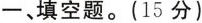
一、填空题.(15 分)